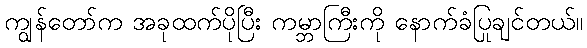
ကျွန်တော်က အခုထက်ပိုပြီး ကမ္ဘာကြီးကို နောက်ခံပြုချင်တယ်။